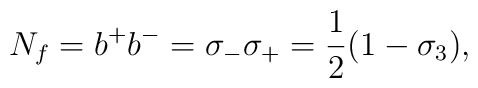
N_f = b^{+}b^{-} = \sigma_{-}\sigma_{+} = \frac{1}{2}(1-\sigma_{3}),